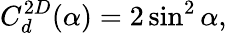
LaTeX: C_{d}^{2D}(\alpha)=2\sin^{2}\alpha,